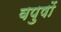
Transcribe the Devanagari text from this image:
वपुषों